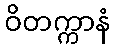
ဝိတက္ကာနံ